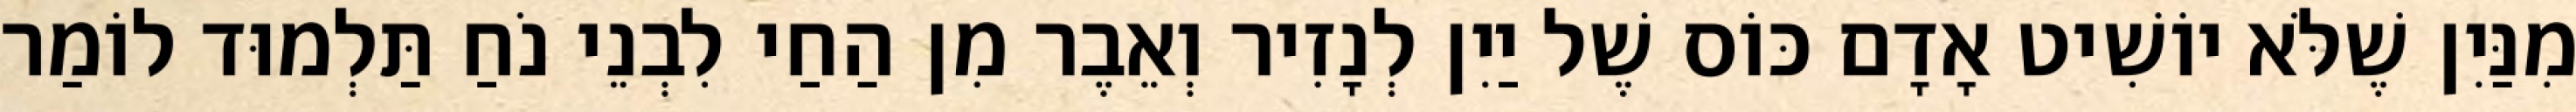
מִנַּיִן שֶׁלֹּא יוֹשִׁיט אָדָם כּוֹס שֶׁל יַיִן לְנָזִיר וְאֵבֶר מִן הַחַי לִבְנֵי נֹחַ תַּלְמוּד לוֹמַר